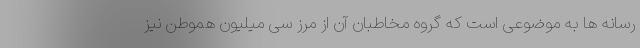
رسانه ها به موضوعی است که گروه مخاطبان آن از مرز سی میلیون هموطن نیز